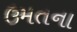
ઉમતના